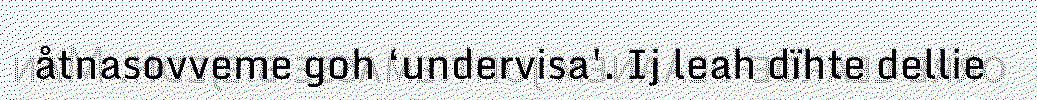
åtnasovveme goh ‘undervisa'. Ij leah dïhte dellie